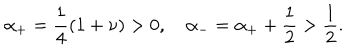
\alpha _ { + } = \frac { 1 } { 4 } ( 1 + \nu ) > 0 , \quad \alpha _ { - } = \alpha _ { + } + \frac { 1 } { 2 } > \frac { 1 } { 2 } .